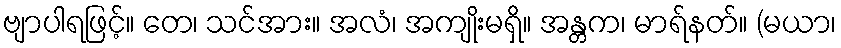
ဗျာပါရဖြင့်။ တေ၊ သင်အား။ အလံ၊ အကျိုးမရှိ။ အန္တက၊ မာရ်နတ်။ (မယာ၊